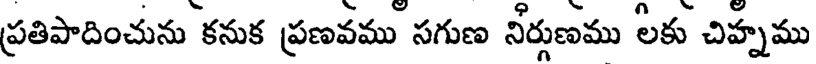
ప్రతిపాదించును కనుక ప్రణవము సగుణ నీర్గుణము లకు చిహ్నము